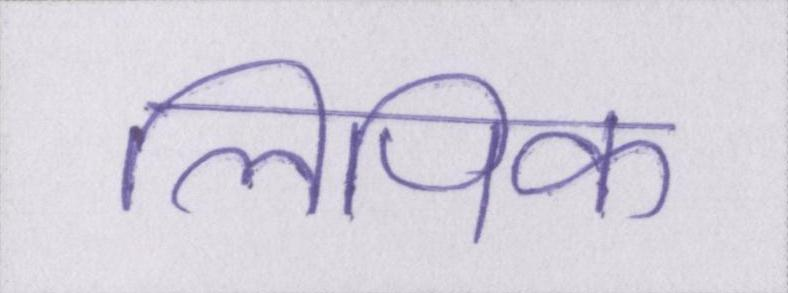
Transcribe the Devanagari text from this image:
लिपिक